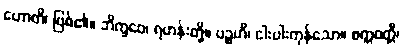
ဟောတိ၊ ဖြစ်၏။ ဘိက္ခဝေ၊ ရဟန်းတို့။ ပဉ္စဟိ၊ ငါးပါးကုန်သော။ စက္ကဝတ္တီ၊